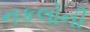
નકલોની